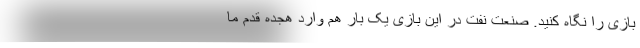
بازی را نگاه کنید. صنعت نفت در این بازی یک بار هم وارد هجده قدم ما